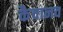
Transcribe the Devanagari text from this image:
कैवानव